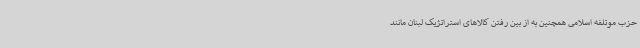
حزب موتلفه اسلامی همچنین به از بین رفتن کالاهای استراتژیک لبنان مانند